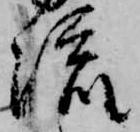
流